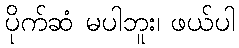
ပိုက်ဆံ မပါဘူး၊ ဖယ်ပါ